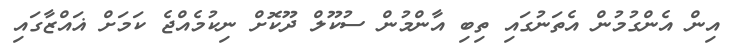
އިން އެންގުމުން އެތަނުގައި ތިބި އާންމުން ސުކޫލް ދޫކޮށް ނިކުމެއްޖެ ކަމަށް ޣައްޒާގައި